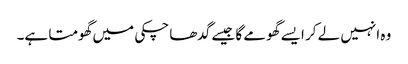
وہ انہیں لے کر ایسے گھومے گا جیسے گدھا چکی میں گھومتا ہے۔